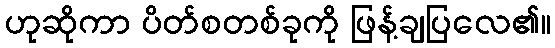
ဟုဆိုကာ ပိတ်စတစ်ခုကို ဖြန့်ချပြလေ၏။